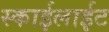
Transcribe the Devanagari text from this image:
स्काईलाईट